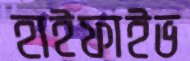
হাইফাইভ